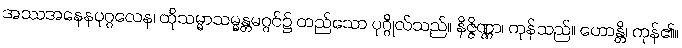
အဿအနေနပုဂ္ဂလေန၊ ထိုသမ္မာသမ္မန္တမဂ္ဂင်၌ တည်သော ပုဂ္ဂိုလ်သည်။ နိဇ္ဇိဏ္ဏာ၊ ကုန်သည်။ ဟောန္တိ၊ ကုန်၏။